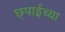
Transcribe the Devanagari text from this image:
छ्पाईच्या